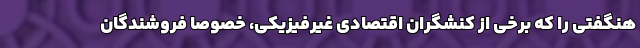
هنگفتی را که برخی از کنشگران اقتصادیِ غیرفیزیکی، خصوصا فروشندگان